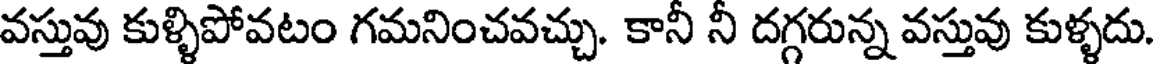
వస్తువు కుళ్ళిపోవటం గమనించవచ్చు. కానీ నీ దగ్గరున్న వస్తువు కుళ్ళదు.